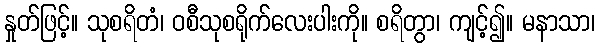
နှုတ်ဖြင့်။ သုစရိတံ၊ ဝစီသုစရိုက်လေးပါးကို။ စရိတွာ၊ ကျင့်၍။ မနာသာ၊